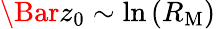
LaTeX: \Bar{z}_{0}\sim\ln{(R_{\mathrm{M}})}